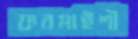
ফরমাইশী